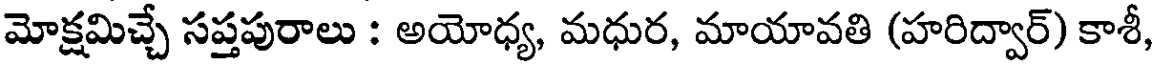
మోక్షమిచ్చే సప్తపురాలు : అయోధ్య, మధుర, మాయావతి (హరిద్వార్) కాశీ,